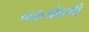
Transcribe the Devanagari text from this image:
नळजोडणी